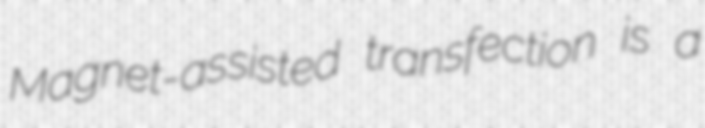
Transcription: Magnet-assisted transfection is a